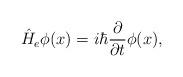
LaTeX: \begin{align*}\hat{H}_e\phi(x)=i\hbar\frac{\partial}{\partial t}\phi(x),\end{align*}